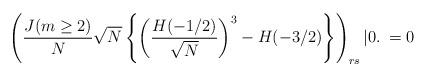
LaTeX: \begin{align*}\left( \frac {J(m\ge 2)}{N} \sqrt{N} \left\{ \left( \frac {H(-1/2)}{\sqrt{N}} \right)^3 -H(-3/2)\right\}\right)_{rs} |0.\> = 0\end{align*}